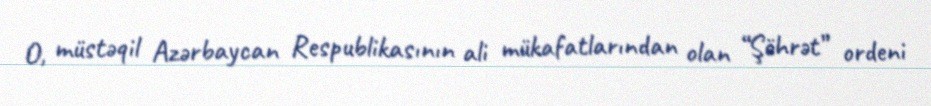
O, müstəqil Azərbaycan Respublikasının ali mükafatlarından olan “Şöhrət” ordeni